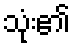
သုံး၏